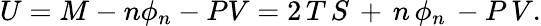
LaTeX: U=M-n\phi_{n}-PV=2\, T\, S\, +\, n\, \phi_{n}\, -P\, V.